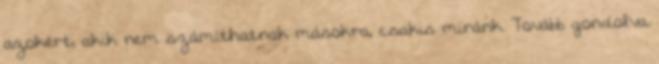
azokért, akik nem számíthatnak másokra, csakis miránk. Tovább gondolva